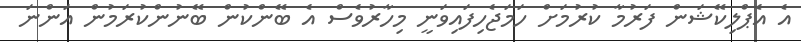
އެ އެޕްލިކޭޝަން ފަރުމާ ކުރުމަށް ހަމަޖެހިފައިވަނީ މިހާރުވެސް އެ ބޭންކުން ބޭނުންކުރަމުން އަންނަ